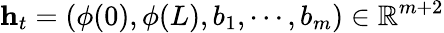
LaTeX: \mathbf{h}_{t}=(\phi(0),\phi(L),b_{1},\cdots,b_{m})\in\mathbb{R}^{m+2}